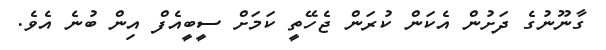
ގާނޫނުގެ ދަށުން އެކަން ކުރަން ޖެހޭތީ ކަމަށް ސީބީއެފް އިން ބުނެ އެވެ.